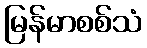
မြန်မာစစ်သံ